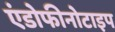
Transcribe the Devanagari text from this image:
एंडोफीनोटाइप